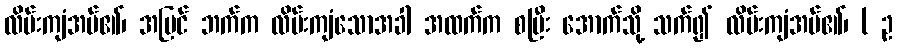
လိမ်းကျံအပ်၏၊ အပြင် ဘက်က လိမ်းကျံသောအခါ အထက်က စပြီး အောက်သို့ သက်၍ လိမ်းကျံအပ်၏၊ ( ဥ